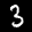
Label: 3